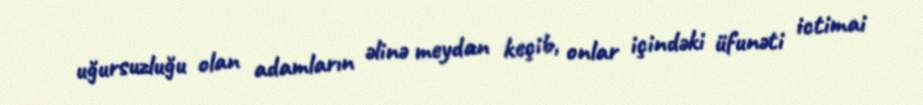
uğursuzluğu olan adamların əlinə meydan keçib, onlar içindəki üfunəti ictimai